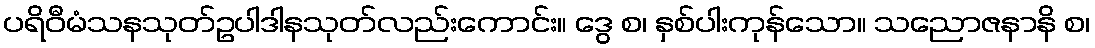
ပရိဝီမံသနသုတ်ဥပါဒါနသုတ်လည်းကောင်း။ ဒွေ စ၊ နှစ်ပါးကုန်သော။ သညောဇနာနိ စ၊